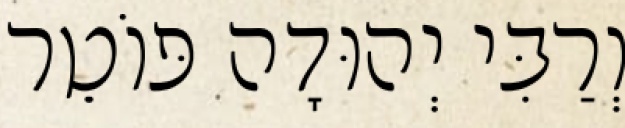
וְרַבִּי יְהוּדָה פּוֹטֵר